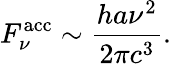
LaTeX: F_{\nu}^{\mathrm{acc}}\sim\frac{ha\nu^{2}}{2\pi c^{3}}.